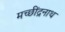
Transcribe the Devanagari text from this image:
मच्छींद्रनाथ